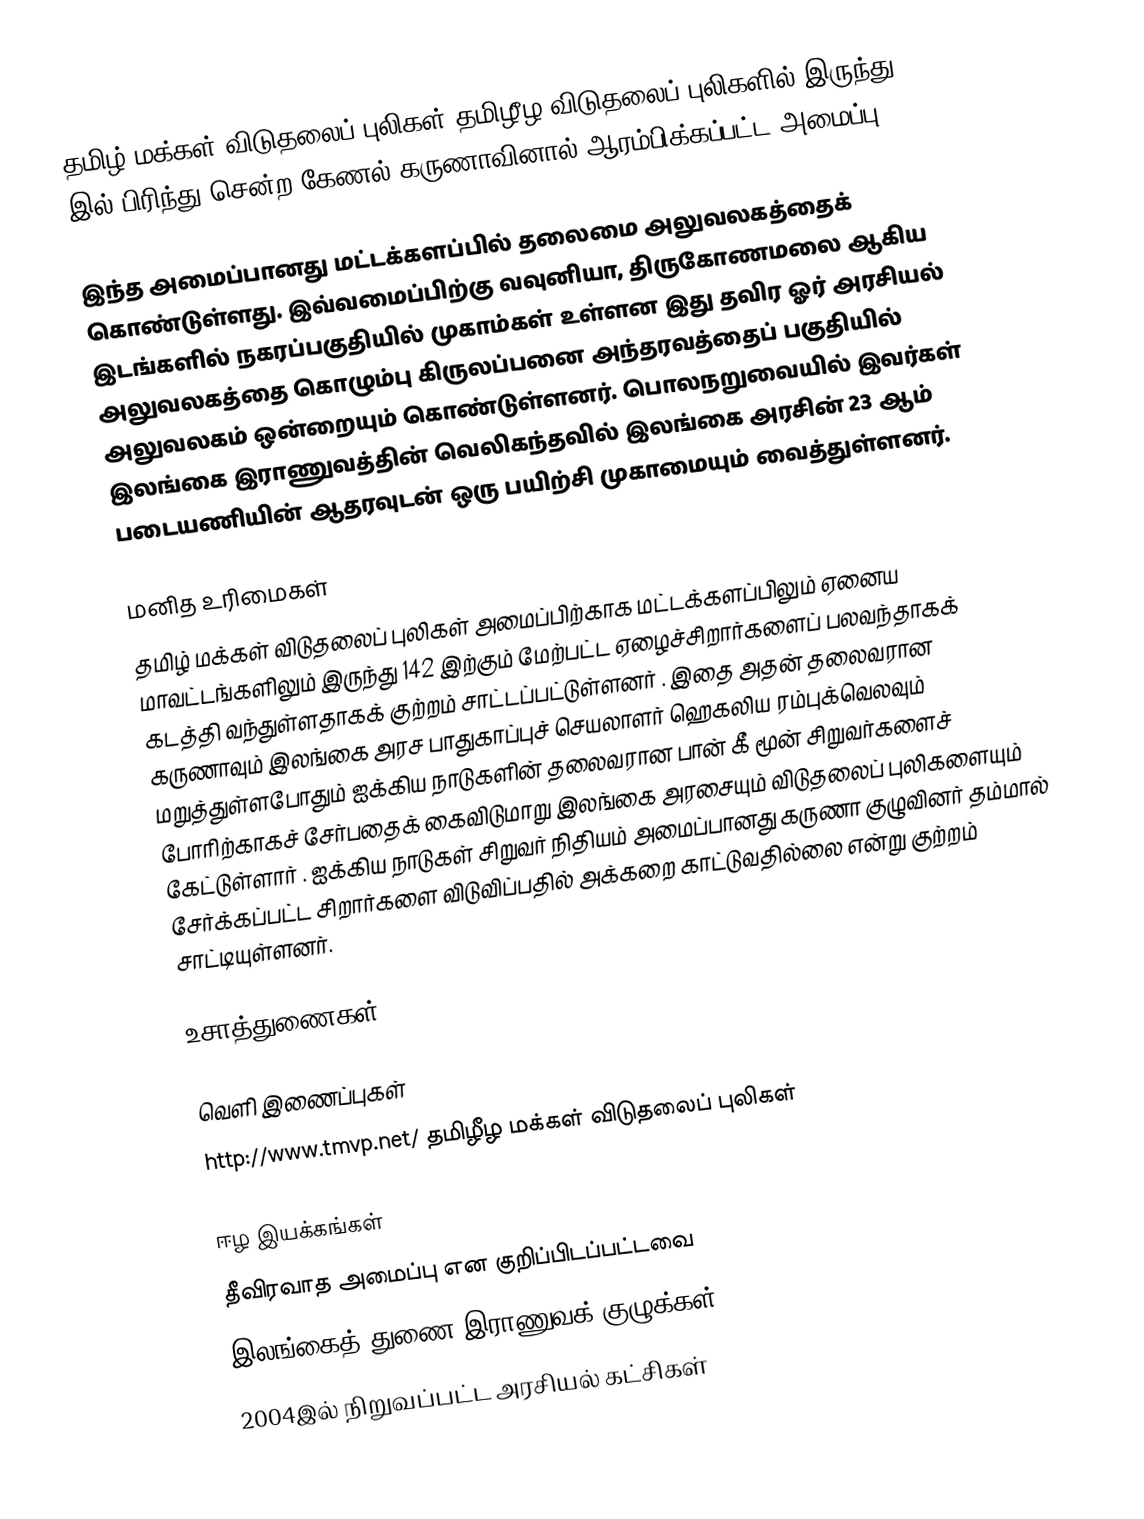
தமிழ் மக்கள் விடுதலைப் புலிகள் தமிழீழ விடுதலைப் புலிகளில் இருந்து 2004 இல் பிரிந்து சென்ற கேணல் கருணாவினால் ஆரம்பிக்கப்பட்ட அமைப்பு.

இந்த அமைப்பானது மட்டக்களப்பில் தலைமை அலுவலகத்தைக் கொண்டுள்ளது. இவ்வமைப்பிற்கு வவுனியா, திருகோணமலை ஆகிய இடங்களில் நகரப்பகுதியில் முகாம்கள் உள்ளன இது தவிர ஓர் அரசியல் அலுவலகத்தை கொழும்பு கிருலப்பனை அந்தரவத்தைப் பகுதியில் அலுவலகம் ஒன்றையும் கொண்டுள்ளனர். பொலநறுவையில் இவர்கள் இலங்கை இராணுவத்தின் வெலிகந்தவில் இலங்கை அரசின் 23 ஆம் படையணியின் ஆதரவுடன் ஒரு பயிற்சி முகாமையும் வைத்துள்ளனர்.

மனித உரிமைகள்
தமிழ் மக்கள் விடுதலைப் புலிகள் அமைப்பிற்காக மட்டக்களப்பிலும் ஏனைய மாவட்டங்களிலும் இருந்து 142 இற்கும் மேற்பட்ட ஏழைச்சிறார்களைப் பலவந்தாகக் கடத்தி வந்துள்ளதாகக் குற்றம் சாட்டப்பட்டுள்ளனர் . இதை அதன் தலைவரான கருணாவும் இலங்கை அரச பாதுகாப்புச் செயலாளர் ஹெகலிய ரம்புக்வெலவும் மறுத்துள்ளபோதும் ஐக்கிய நாடுகளின் தலைவரான பான் கீ மூன் சிறுவர்களைச் போரிற்காகச் சேர்பதைக் கைவிடுமாறு இலங்கை அரசையும் விடுதலைப் புலிகளையும் கேட்டுள்ளார் . ஐக்கிய நாடுகள் சிறுவர் நிதியம் அமைப்பானது கருணா குழுவினர் தம்மால் சேர்க்கப்பட்ட சிறார்களை விடுவிப்பதில் அக்கறை காட்டுவதில்லை என்று குற்றம் சாட்டியுள்ளனர்.

உசாத்துணைகள்

வெளி இணைப்புகள்
 http://www.tmvp.net/  தமிழீழ மக்கள் விடுதலைப் புலிகள்

ஈழ இயக்கங்கள்
தீவிரவாத அமைப்பு என குறிப்பிடப்பட்டவை
இலங்கைத் துணை இராணுவக் குழுக்கள்
2004இல் நிறுவப்பட்ட அரசியல் கட்சிகள்